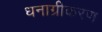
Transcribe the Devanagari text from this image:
धनाग्रीकरण